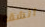
الشقه